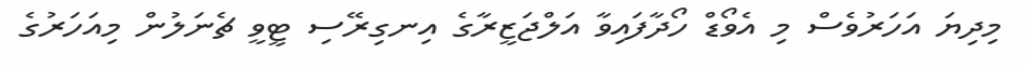
މިދިޔަ އަހަރުވެސް މި އެވޯޑް ހޯދާފައިވާ އަލްޖަޒީރާގެ އިނގިރޭސި ޓީވީ ޗެނަލުން މިއަހަރުގެ